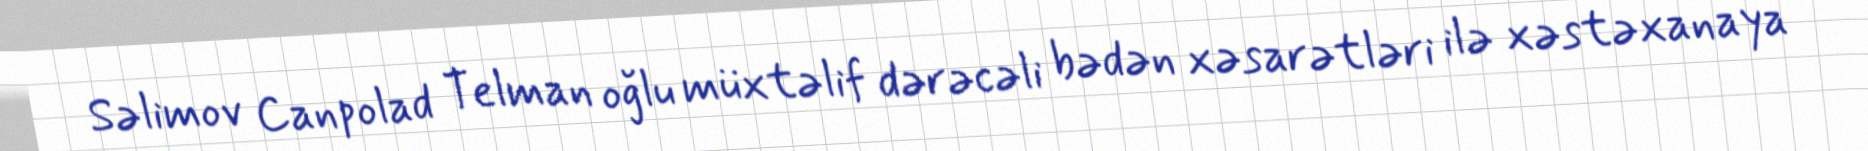
Səlimov Canpolad Telman oğlu müxtəlif dərəcəli bədən xəsarətləri ilə xəstəxanaya